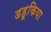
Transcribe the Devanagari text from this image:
डहूकिया